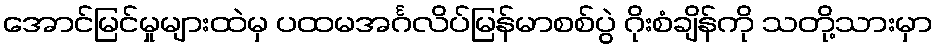
အောင်မြင်မှုများထဲမှ ပထမအင်္ဂလိပ်မြန်မာစစ်ပွဲ ဂိုးစံချိန်ကို သတို့သားမှာ